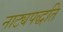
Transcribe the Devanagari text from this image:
नाट्यपद्धति